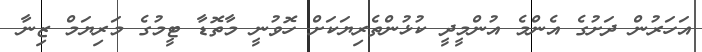
އަހަރުން ދަށުގެ އެންމެ އުންމީދީ ކުޅުންތެރިޔަކަށް ހޮވުނީ މާތޮޑާ ޓީމުގެ މަރިޔަމް ޒިނާ